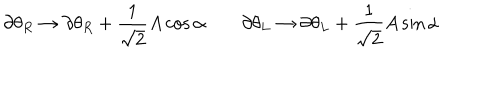
\partial \theta _ { R } \rightarrow \partial \theta _ { R } + \frac { 1 } { \sqrt { 2 } } A \cos \alpha \; \partial \theta _ { L } \rightarrow \partial \theta _ { L } + \frac { 1 } { \sqrt { 2 } } A \sin \alpha